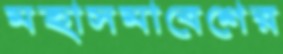
মহাসমাবেশের